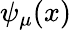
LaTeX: \psi_{\mu}(x)